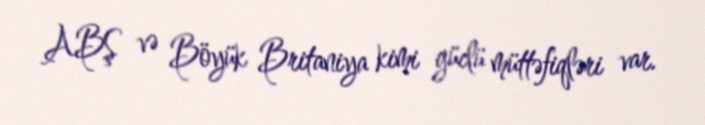
ABŞ və Böyük Britaniya kimi güclü müttəfiqləri var.